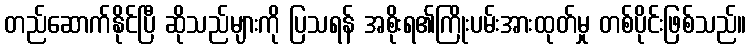
တည်ဆောက်နိုင်ပြီ ဆိုသည်များကို ပြသရန် အစိုးရ၏ကြိုးပမ်းအားထုတ်မှု တစ်ပိုင်းဖြစ်သည်။